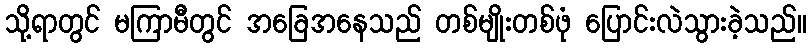
သို့ရာတွင် မကြာမီတွင် အခြေအနေသည် တစ်မျိုးတစ်ဖုံ ပြောင်းလဲသွားခဲ့သည်။